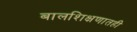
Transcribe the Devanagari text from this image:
बालशिक्षणातही